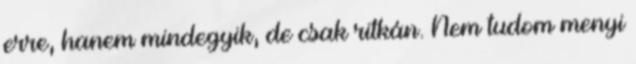
erre, hanem mindegyik, de csak ritkán. Nem tudom menyi